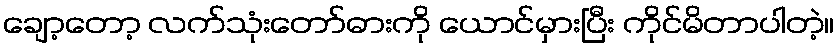
ချော့တော့ လက်သုံးတော်ဓားကို ယောင်မှားပြီး ကိုင်မိတာပါတဲ့။